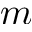
m